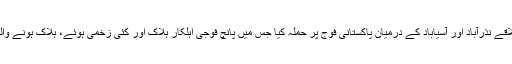
16 اکتوبرہفتہ کے روزسرمچاروں نے تمپ کے علاقے نذرآباد اور آسیاباد کے درمیان پاکستانی فوج پر حملہ کیا جس میں پانچ فوجی اہلکار ہلاک اور کئی زخمی ہوئے، ہلاک ہونے والے فوجی اہلکاروں میں ایک صوبیدار بھی شامل ہے۔